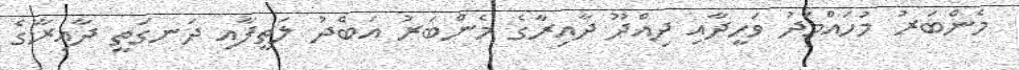
މެންބަރު މުހައްމަދު ވަހީދާއި ދިއްދޫ ދާއިރާގެ މެންބަރު އަބްދު ލަތީފާއި ދަނގަތީ ދާއިރާގެ